Memorandum on the prevention of leprosy by segregation of the affected
Disease focus: Leprosy
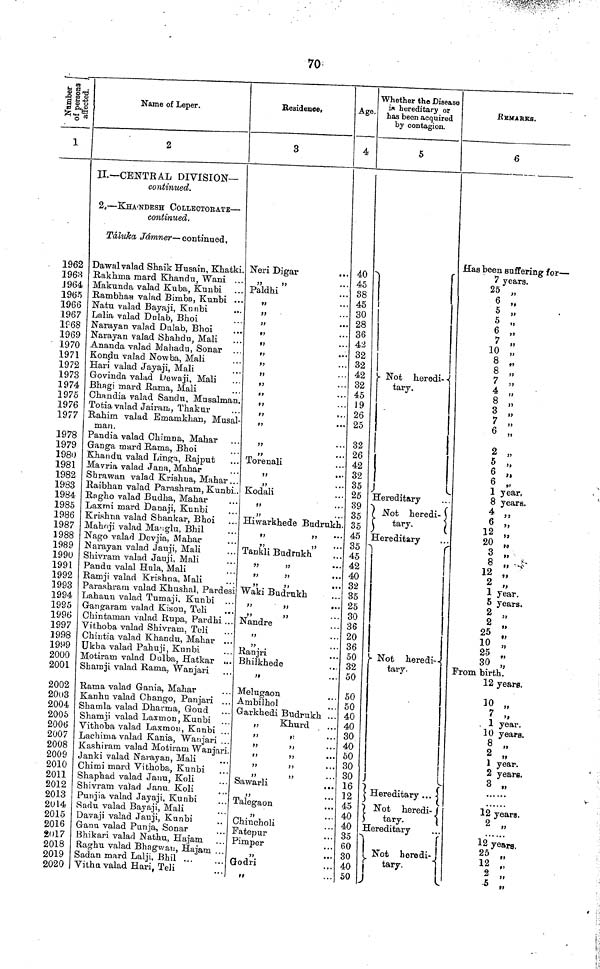
70
Number of persons affected.
1
1962
1963
1964
1965
1966
1967
1?68
1969
1970
1971
1972
1973
1974
1975
1976
1977
1978
1979
1980
1981
1982
1983
1984
1985
1986
1987
1988
1989
1990
1991
1992
1993
1994
1995
1996
1997
1998
1999
2000
2001
2002
2003
2004
2005
2006
2007
2008
2009
2010
2011
2012
2013
2014
2015
2016
2017
2018
2019
2020
Name of Leper.
2
II.— CENTRAL DIVISION-
continued.
2, — KHA'NDESH COLLECTORATE —
continued.
Taluka Jamner— continued,
Dawul valad Shaik Husain, Khatki.
Rakhma mard Khandu, Wani ...
Makunda valad Kuba, Kunbi
Rambhau valad Bimba, Kunbi ...
Natu valad Bayaji, Kunbi
Lalia valad Dulab, Bhoi
Narayan valad Dulab, Bhoi
Narayan valad Shahdu, Mali
Ananda valad Mahadu, Sonar
Kondu valad Nowba, Mali
Hari valad Jayaji, Mali
Govinda valad Dewaji, Mali
Bhagi mard Rama, Mali
Chandia valad Sandu, Musalman.
Totia valad Jairam, Thakur
Rahim valad Ernainkhan, Musal
man.
Pandia valad Chimna, Mahar
Ganga mard Rama, Bhoi
Khandu valad Linga, Rajput
Mavria valad Jana, Mahar
Shrawan valad Krishna, Mahar
Raibhan valad Parashram, Kunbi.
Ragho valad Budha, Mahar
Laxmi mard Danaji, Kunbi
Krishna valad Shankar, Bhoi
Mahnji valad Matiglu, Bhil
Nago valad Devjia, Mahar
Narayan valad Jauji, Mali
Shivram valad Jauji, Mali
Pandu valal Hula, Mali
Ramji valad Krishna, Mali
Parashram valad Khushal, Pardesi
Lahauu valad Tumaji, Kunbi ..
Gangaram valad Kison, Teli
Chintaman valad Rupa, Pardhi
Vithoba valad Shivram, Teli
Chintia valad Khandu, Mahar ..
Ukba valad Pahuji, Kunbi
Motiram valad Dulba, Hatkar ...
Shamji valad Rama, Wanjari
Rama valad Gania, Mahar
Kanhu valad Chango, Panjari ..
Shamla valad Dharrna, Goud
Shamji valad Laxmon, Kunbi
Vithoba valad Laxmou, Kunbi ..
Lachima valad Kania, Warijari ..
Kashiram valad Motiram Wanjari
Janki valad Narayan, Mali
Chimi mard Vithoba, Kunbi
Shaphad valad Janu, Koli
Shivram valad Janu, Koli
Punjia valad Jayaji, Kunbi
Sadu valad Bayaji, Mali
Davaji valad Jauji, Kunbi
Ganu valad Punja, Sonar
Bhikari valad Nathu, Hajam
Raghu valad Bhagwan, Hajana
Sadan mard Lalji, Bhil ...
Vithu valad Hari, Teli
Residence,
3
Neri Digar
...
Paldhi
Torenali
Kodali
Hiwarkhede Budrukh.
Tankli Budrukh
Waki Budrukh
Nandre
Ranjri
Bhilkhede
"
Melugaon
Ambilhol
Garkhedi Budrukh ..
Khurd
Sawarli
Talegaon
Chincholi
Fatepur
Pimper
Godri
Age.
4
40
45
38
45
30
28
36
42
32
32
42
32
45
19
26
25
32
26
42
32
35
25
39
35
35
45
35
45
42
40
32
35
25
30
36
20
36
50
32
50
50
50
40
40
30
40
50
30
30
16
12
45
40
40
35
60
30
40
50
Whether the Disease
i* hereditary or
has been acquired
by contagion.
5
Not
heredi-
tary.
Hereditary
Not heredi-
tary.
Hereditary
Not
heredi--
tary.
Hereditary
Not
heredi-
tary.
Hereditary
Not
heredi-
tary.
REMARKS.
6
Has been suffering for —
7 years.
25 „
6 „
5 „
5 „
6 JS
7 „
10 „
8 "
8 „
7 „
8 "
3 "
7 "
6 "
2 „
5 "
6 „
6 "
1 year.
8 yeara.
6 „
12 „
20 „
3 „
8 .,
12 „
2 „
1. year .
5 years.
2 "
2 "
25 "
10 "
25 "
30 "
From birth.
12 years.
10 "
7 "
1 years.
10
years.
8 "
2 "
1 year.
2 year.
3 "
12 years.
2 "
12 years.
25 „
12 "
9 "